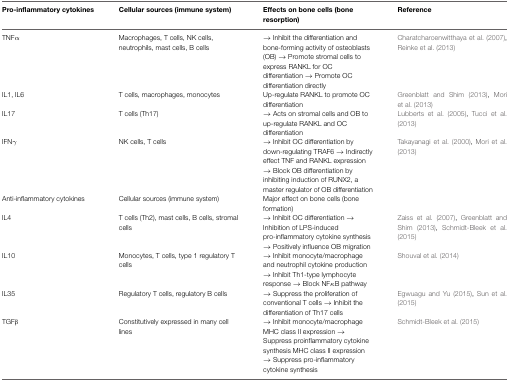
| Pro-inflammatory cytokines | Cellular sources (immune system) | Effects on bone cells (bone resorption) | Reference |
 | --- | --- | --- | --- |
 | TNFα | Macrophages, T cells, NK cells, neutrophils, mast cells, B cells | → Inhibit the differentiation and bone-forming activity of osteoblasts (OB) → Promote stromal cells to express RANKL for OC differentiation → Promote OC differentiation directly | Charatcharoenwitthaya et al. (2007), Reinke et al. (2013) |
 | IL1, IL6 | T cells, macrophages, monocytes | Up-regulate RANKL to promote OC differentiation | Greenblatt and Shim (2013), Mori et al. (2013) |
 | IL17 | T cells (Th17) | → Acts on stromal cells and OB to up-regulate RANKL and OC differentiation | Lubberts et al. (2005), Tucci et al. (2013) |
 | IFNγ | NK cells, T cells | → Inhibit OC differentiation by down-regulating TRAF6 → Indirectly effect TNF and RANKL expression → Block OB differentiation by inhibiting induction of RUNX2, a master regulator of OB differentiation | Takayanagi et al. (2000), Mori et al. (2013) |
 | Anti-inflammatory cytokines | Cellular sources (immune system) | Major effect on bone cells (bone formation) |  |
 | IL4 | T cells (Th2), mast cells, B cells, stromal cells | → Inhibit OC differentiation → Inhibition of LPS-induced pro-inflammatory cytokine synthesis → Positively influence OB migration | Zaiss et al. (2007), Greenblatt and Shim (2013), Schmidt-Bleek et al. (2015) |
 | IL10 | Monocytes, T cells, type 1 regulatory T cells | → Inhibit monocyte/macrophage and neutrophil cytokine production → Inhibit Th1-type lymphocyte response → Block NFκB pathway | Shouval et al. (2014) |
 | IL35 | Regulatory T cells, regulatory B cells | → Suppress the proliferation of conventional T cells → Inhibit the differentiation of Th17 cells | Egwuagu and Yu (2015), Sun et al. (2015) |
 | TGFβ | Constitutively expressed in many cell lines | → Inhibit monocyte/macrophage MHC class II expression → Suppress proinflammatory cytokine synthesis MHC class II expression → Suppress pro-inflammatory cytokine synthesis | Schmidt-Bleek et al. (2015) |